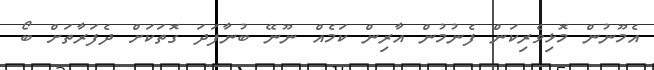
އެމޫނުން މޮޅިވެރިކަން ފެނުމުން އާރިން ކަމެއް ނޫނޭ ބުނާފަދަ ގޮތަކަށް ދެފަރާތަށް ބޯ